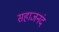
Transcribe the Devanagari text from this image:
सहाजनंद